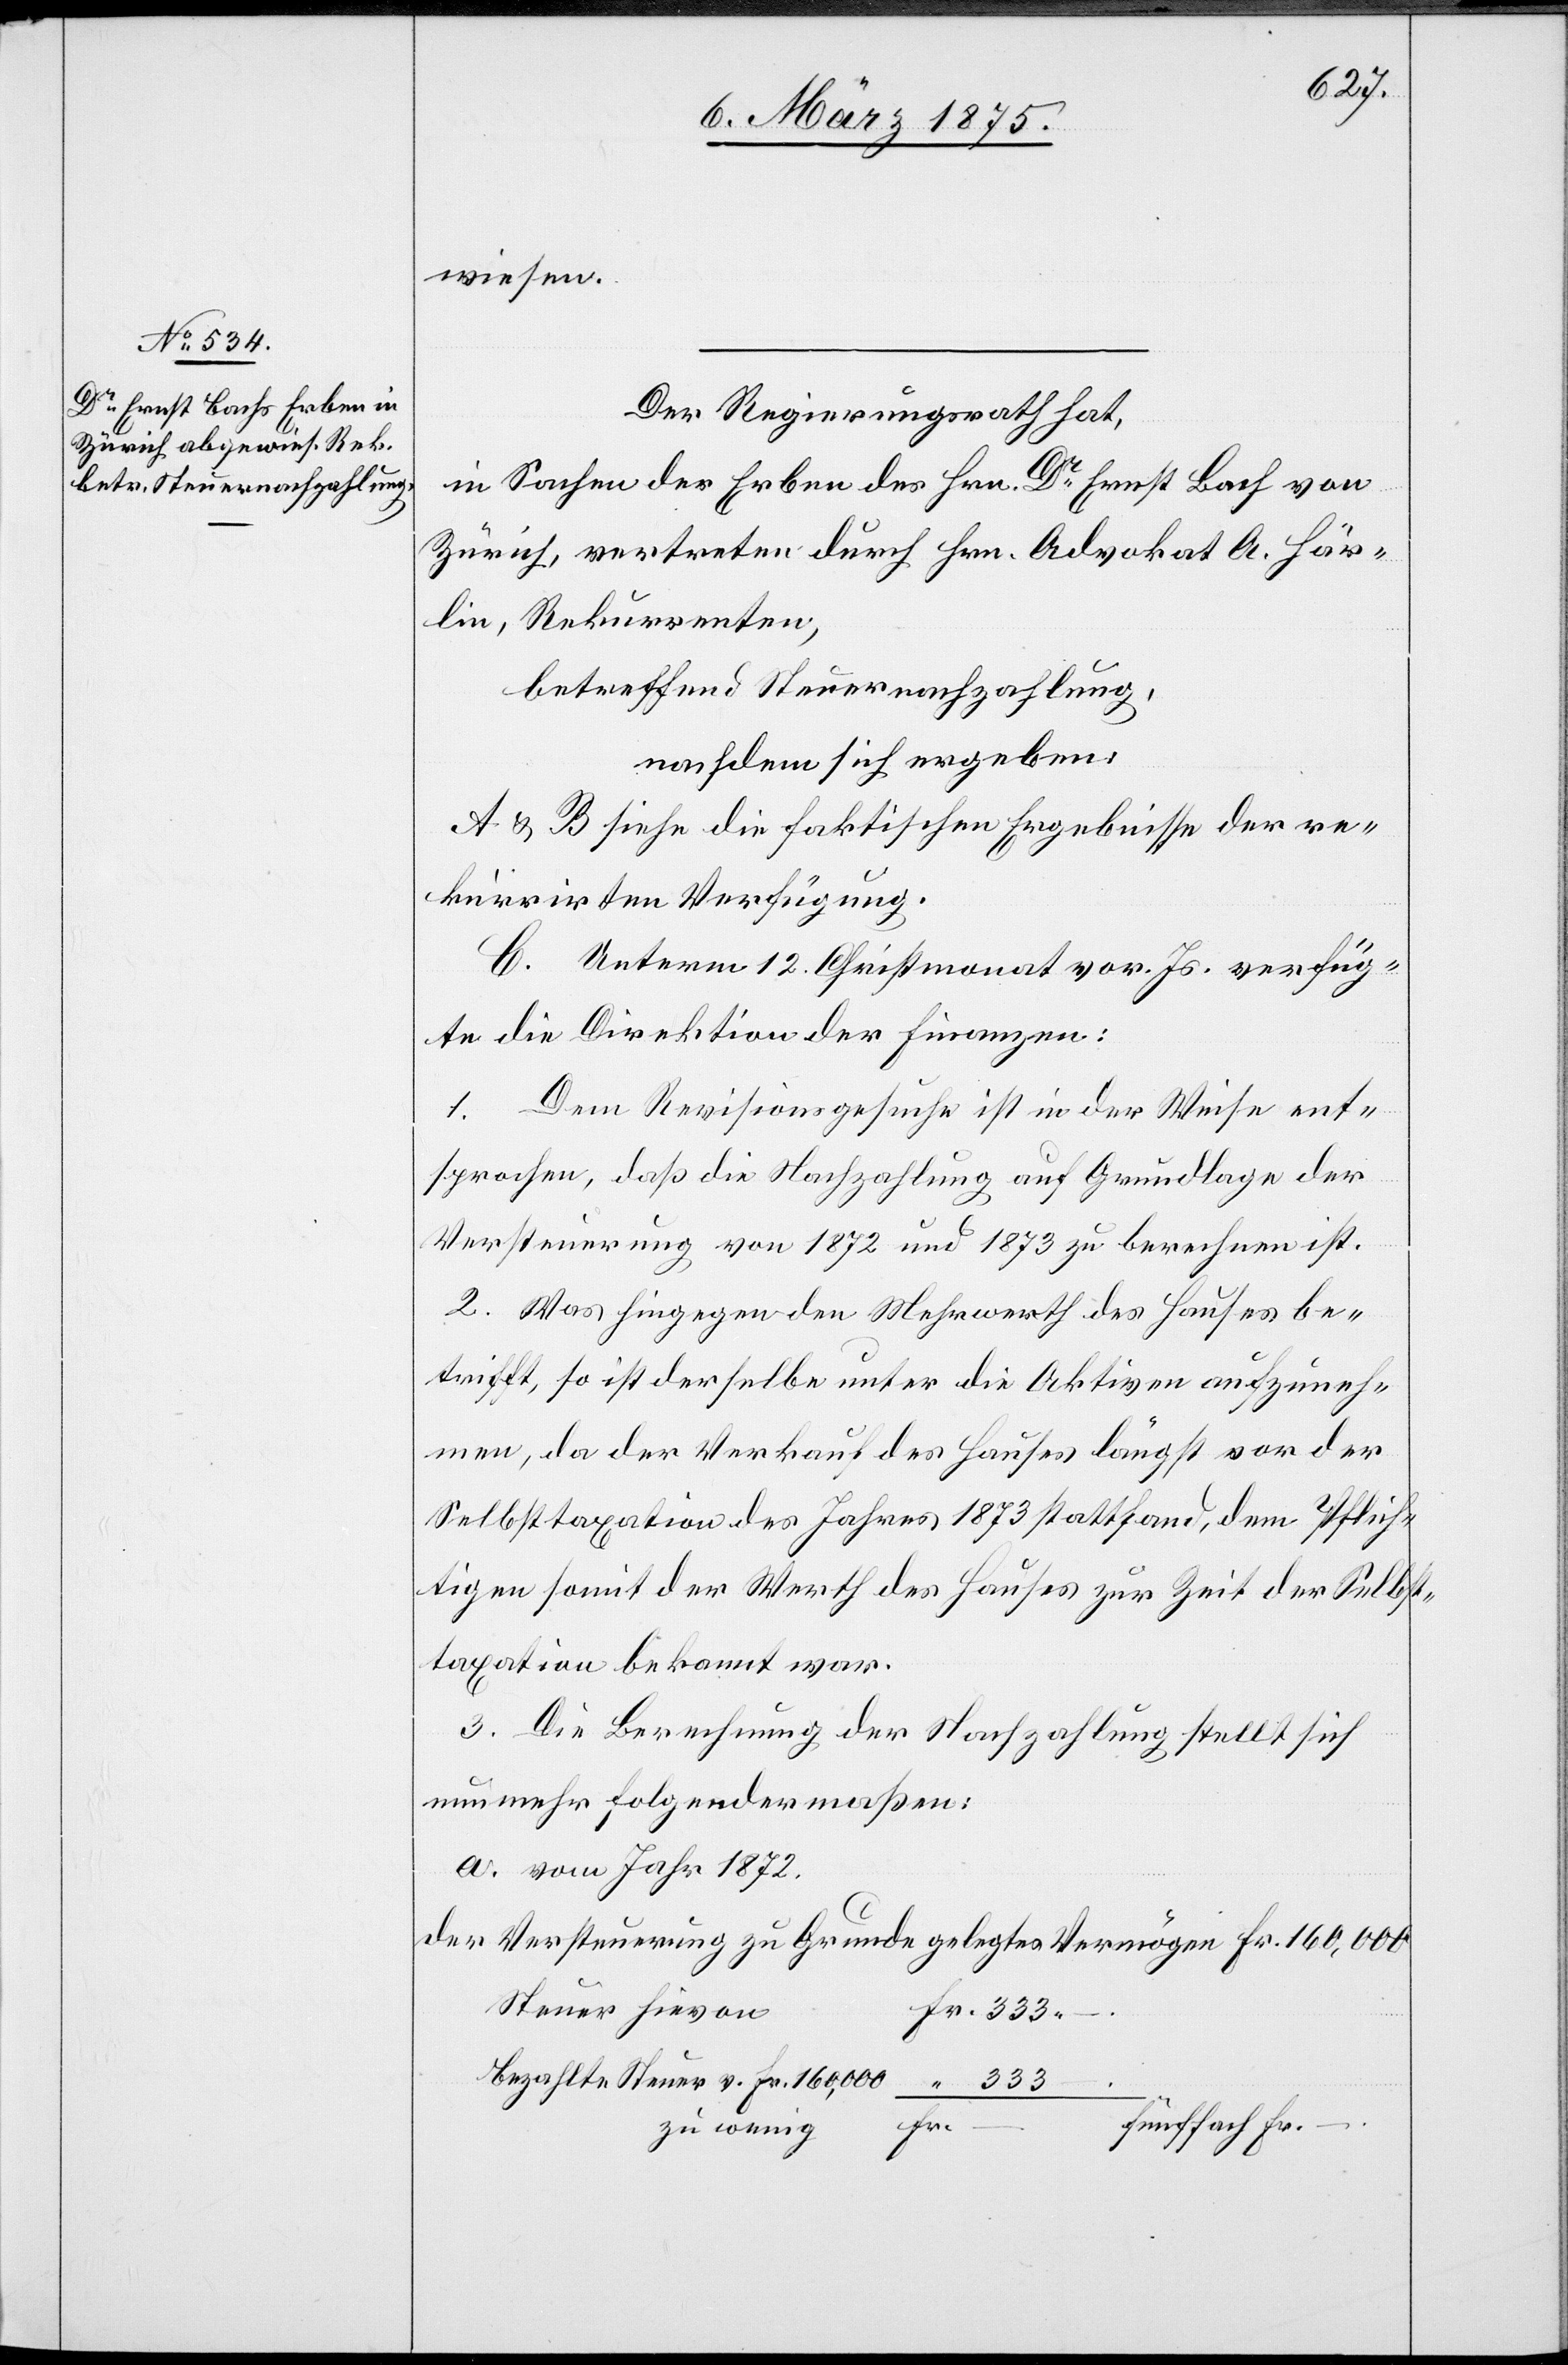
wiesen.
Der Regierungsrath hat,
in Sachen der Erben des Hrn. Dr Ernst Bach von
Zürich, vertreten durch Hrn. Advokat A. Här¬
lin, Rekurrenten,
betreffend Steuernachzahlung,
nachdem sich ergeben:
A & B siehe die faktischen Ergebnisse der re¬
kurrirten Verfügung.
C. Unterm 12. Christmonat vor. Jr. verfüg¬
te die Direktion der Finanzen:
1. Dem Revisionsgesuche ist in der Weise ent¬
sprochen, daß die Nachzahlung auf Grundlage der
Versteuerung von 1872 und 1873 berechnen ist.
2. Was hingegen den Mehrwerth des Hauses be¬
trifft, so ist derselbe unter die Aktiven aufzuneh¬
men, da der Verkauf des Hauses längst von der
Selbsttaxation des Jahres 1873 stattfand, dem Pflich¬
tigen somit der Werth des Hauses zur Zeit der Selbst¬
taxation bekannt war.
3. Die Berechnung der Nachzahlung stellt sich
nunmehr folgendermaßen:
a. vom Jahr 1872.
der Versteuerung zugrunde gelegtes Vermögen Fr. 160,000
Steuer hiervon
bezahlte Steuer v. Fr. 160,000
Fr.
Fünffach Fr.
zu wenig